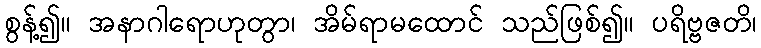
စွန့်၍။ အနာဂါရောဟုတွာ၊ အိမ်ရာမထောင် သည်ဖြစ်၍။ ပရိဗ္ဗဇတိ၊